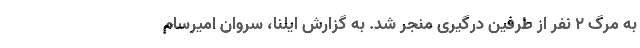
به مرگ ۲ نفر از طرفین درگیری منجر شد. به گزارش ایلنا، سروان امیرسام